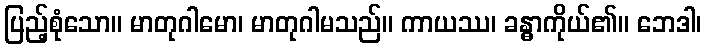
ပြည့်စုံသော။ မာတုဂါမော၊ မာတုဂါမသည်။ ကာယဿ၊ ခန္ဓာကိုယ်၏။ ဘေဒါ၊